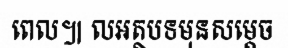
ពេល៕ លអត្ថបទមុនសម្តេច